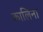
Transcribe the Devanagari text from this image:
कालिना